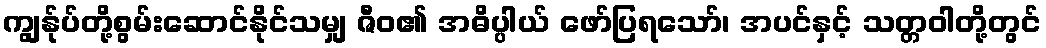
ကျွန်ုပ်တို့စွမ်းဆောင်နိုင်သမျှ ဇီဝ၏ အဓိပ္ပါယ် ဖော်ပြရသော်၊ အပင်နှင့် သတ္တဝါတို့တွင်